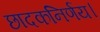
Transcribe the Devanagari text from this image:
छादकनिर्णय।